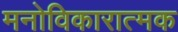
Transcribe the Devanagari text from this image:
मनोविकारात्मक